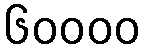
၆၀၀၀၀